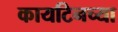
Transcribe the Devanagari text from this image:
कायटिनच्या